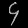
Digit: ၄